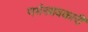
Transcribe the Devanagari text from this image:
गर्भस्रावकारी